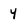
Character: y